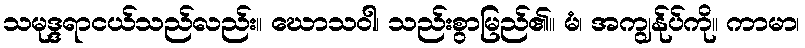
သမုဒ္ဒရာငယ်သည်လည်း။ ဃောသဝါ၊ သည်းစွာမြည်၏။ မံ၊ အကျွန်ုပ်ကို။ ကာမာ၊